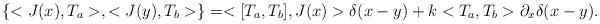
LaTeX: \begin{align*}\left\{ <J(x),T_a>,<J(y),T_b>\right\} = <[T_a,T_b],J(x)> \delta(x-y) + k<T_a,T_b> \partial_x\delta(x-y).\end{align*}